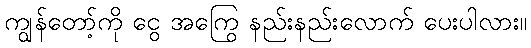
ကျွန်တော့်ကို ငွေ အကြွေ နည်းနည်းလောက် ပေးပါလား။